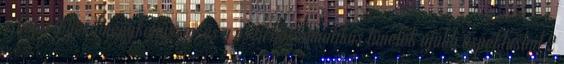
iskolai teljesítménykényszer és a pszichoszomatikus tünetek újabb aspektusból 2